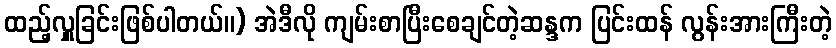
ထည့်လှူခြင်းဖြစ်ပါတယ်။) အဲဒီလို ကျမ်းစာပြီးစေချင်တဲ့ဆန္ဒက ပြင်းထန် လွန်းအားကြီးတဲ့